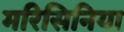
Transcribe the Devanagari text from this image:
मरिसिनिया